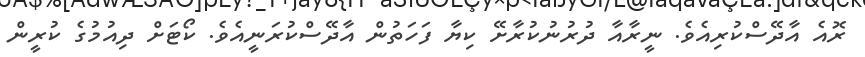
ރޮއެ އާދޭސްކުރިއެވެ. ނީރާއާ ދުރުނުކުރާށޭ ކިޔާ ފަހަތުން އާދޭސްކުރަނީއެވެ. ކޯޓަށް ދިއުމުގެ ކުރީން